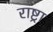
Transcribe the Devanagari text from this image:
राष्ट्रा